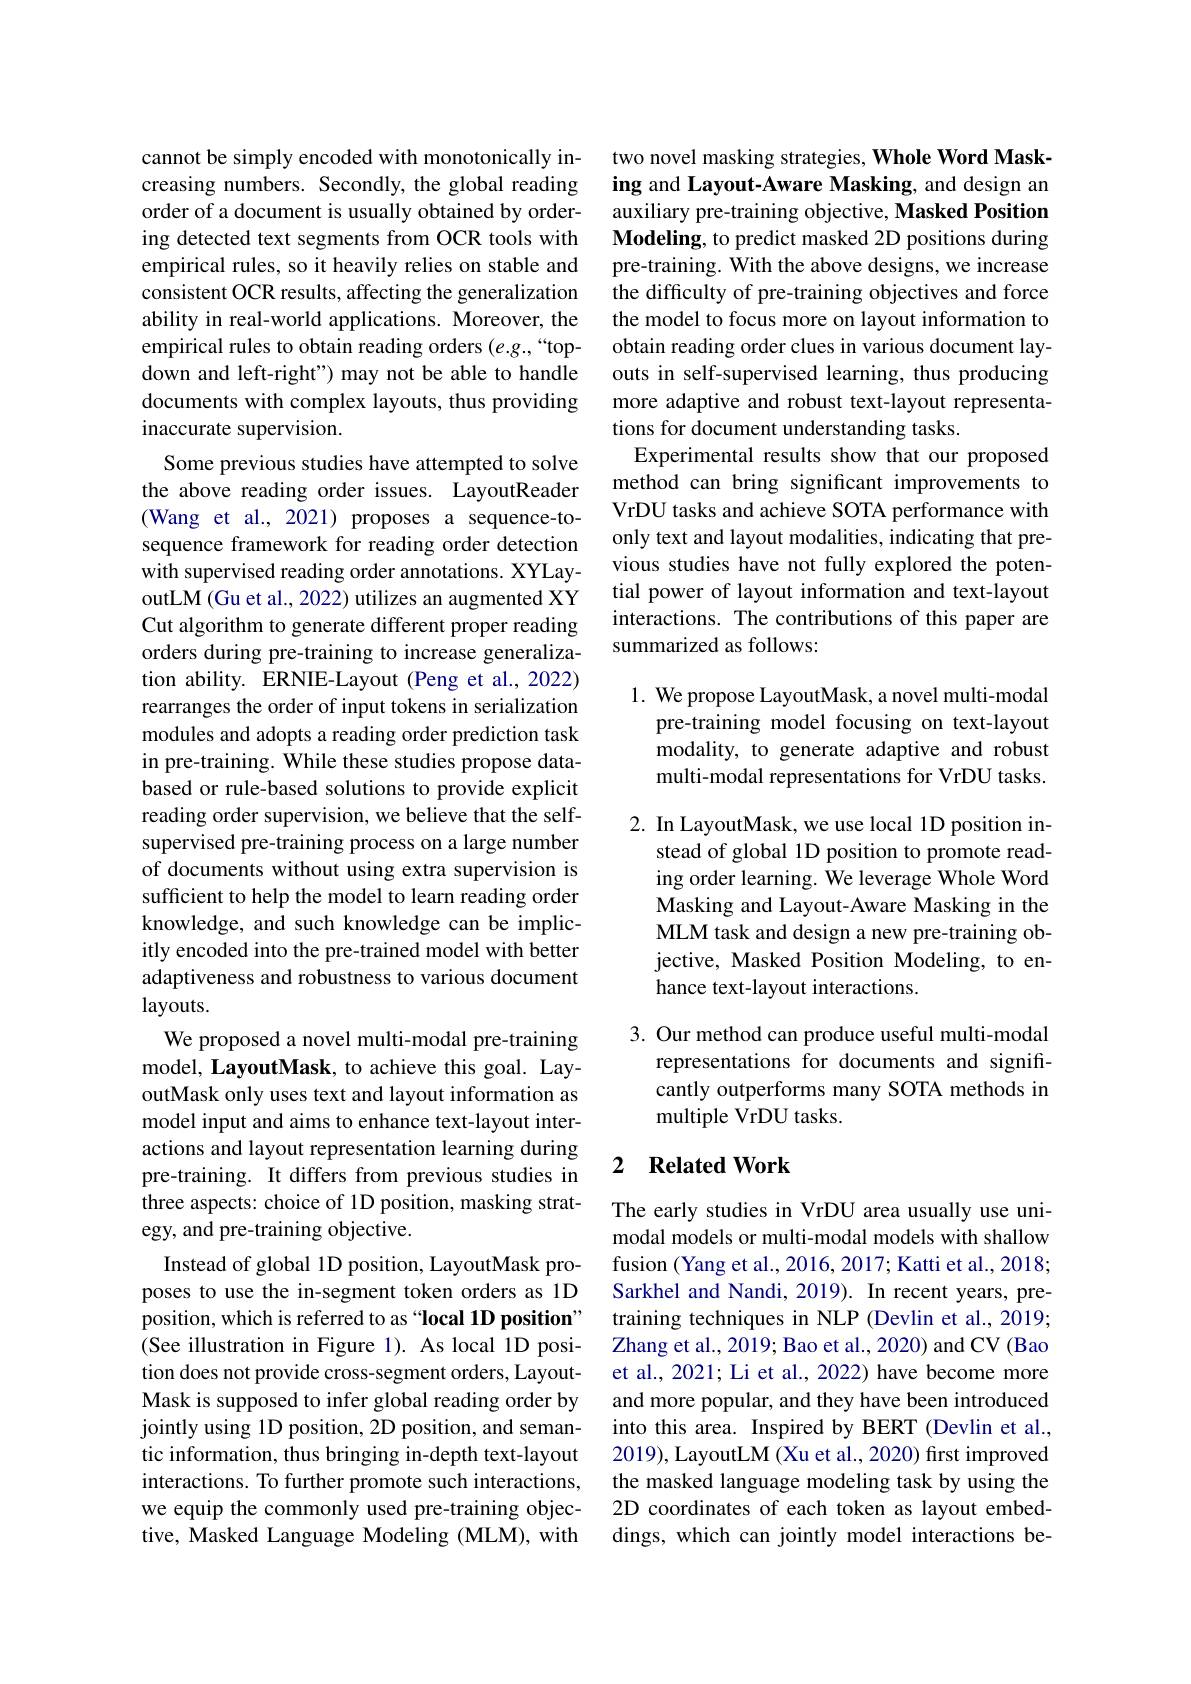
cannot be simply encoded with monotonically increasing numbers. Secondly, the global reading order of a document is usually obtained by ordering detected text segments from OCR tools with empirical rules, so it heavily relies on stable and consistent OCR results, affecting the generalization ability in real-world applications. Moreover, the empirical rules to obtain reading orders (e.g.,“topdown and left-right") may not be able to handle documents with complex layouts, thus providing inaccurate supervision.
Some previous studies have attempted to solve the above reading order issues. LayoutReader (Wang et al., 2021) proposes a sequence-tosequence framework for reading order detection with supervised reading order annotations. XYLayoutLM (Gu et al., 2022) utilizes an augmented XY Cut algorithm to generate different proper reading orders during pre-training to increase generalization ability. ERNIE-Layout (Peng et al., 2022) rearranges the order of input tokens in serialization modules and adopts a reading order prediction task in pre-training. While these studies propose databased or rule-based solutions to provide explicit reading order supervision, we believe that the selfsupervised pre-training process on a large number of documents without using extra supervision is sufficient to help the model to learn reading order knowledge, and such knowledge can be implicitly encoded into the pre-trained model with better adaptiveness and robustness to various document layouts.
We proposed a novel multi-modal pre-training model, LayoutMask, to achieve this goal. LayoutMask only uses text and layout information as model input and aims to enhance text-layout interactions and layout representation learning during pre-training. It differs from previous studies in three aspects: choice of 1D position, masking strategy, and pre-training objective.
Instead of global 1D position, LayoutMask proposes to use the in-segment token orders as 1D position, which is referred to as “local 1D position” (See illustration in Figure 1). As local 1D position does not provide cross-segment orders, LayoutMask is supposed to infer global reading order by jointly using 1D position, 2D position, and semantic information, thus bringing in-depth text-layout interactions. To further promote such interactions, we equip the commonly used pre-training objective, Masked Language Modeling (MLM), with

two novel masking strategies, Whole Word Masking and Layout-Aware Masking, and design an auxiliary pre-training objective, Masked Position Modeling, to predict masked 2D positions during pre-training. With the above designs, we increase the difficulty of pre-training objectives and force the model to focus more on layout information to obtain reading order clues in various document layouts in self-supervised learning, thus producing more adaptive and robust text-layout representations for document understanding tasks
Experimental results show that our proposed method can bring significant improvements to VrDU tasks and achieve SOTA performance with only text and layout modalities, indicating that previous studies have not fully explored the potential power of layout information and text-layout interactions. The contributions of this paper are summarized as follows:

1. We propose LayoutMask, a novel multi-modal
pre-training model focusing on text-layout modality, to generate adaptive and robust multi-modal representations for VrDU tasks.

2. In LayoutMask, we use local 1D position in-
stead of global 1D position to promote reading order learning. We leverage Whole Word Masking and Layout-Aware Masking in the MLM task and design a new pre-training objective, Masked Position Modeling, to enhance text-layout interactions.

3. Our method can produce useful multi-modal
representations for documents and significantly outperforms many SOTA methods in multiple VrDU tasks.

### 2 $\textbf{Related Work}$

The early studies in VrDU area usually use unimodal models or multi-modal models with shallow fusion (Yang et al., 2016, 2017; Katti et al., 2018; Sarkhel and Nandi, 2019). In recent years, pretraining techniques in NLP (Devlin et al., 2019; Zhang et al., 2019; Bao et al., 2020) and CV (Bao et al., 2021; Li et al., 2022) have become more and more popular, and they have been introduced into this area. Inspired by BERT (Devlin et al., 2019), LayoutLM (Xu et al., 2020) first improved the masked language modeling task by using the 2D coordinates of each token as layout embeddings, which can jointly model interactions be-